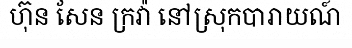
ហ៊ុន សែន ក្រវ៉ា នៅស្រុកបារាយណ៍